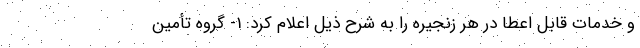
و خدمات قابل اعطا در هر زنجیره را به شرح ذیل اعلام کرد: 1- گروه تأمین